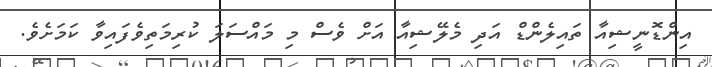
އިންޑޮނީޝިއާ ތައިލެންޑް އަދި މެލޭޝިއާ އަަށް ވެސް މި މަައްސަލަ ކުރިމަތިވެފައިވާ ކަމަށެވެ.